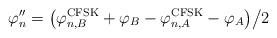
LaTeX: \begin{align*}{\varphi ''_n} = {{\left( {\varphi _{n,B}^{{\rm{CFSK}}} + {\varphi _B} - \varphi _{n,A}^{{\rm{CFSK}}} - {\varphi _A}} \right)} \mathord{\left/ {\vphantom {{\left( {\varphi _{n,B}^{{\rm{CFSK}}} + {\varphi _B} - \varphi _{n,A}^{{\rm{CFSK}}} - {\varphi _A}} \right)} 2}} \right. \kern-\nulldelimiterspace} 2}\end{align*}